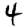
Digit: 4